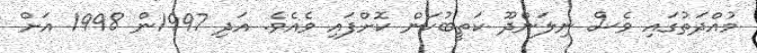
މުއްދަތުގައި ވެސް ނިލަންދޫ ކަތީބުކަން ކޮށްފައި ވެއެވެ. އަދި 1997ން 1998 އަށް